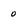
Character: 0